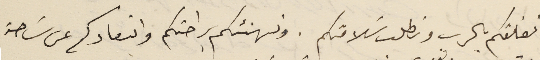
نعانقكم بالرب ونطلب سَلامتكم. ونهنئكم براحتكم وابتعادكم عن سَاحة